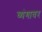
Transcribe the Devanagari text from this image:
व्यंगावर